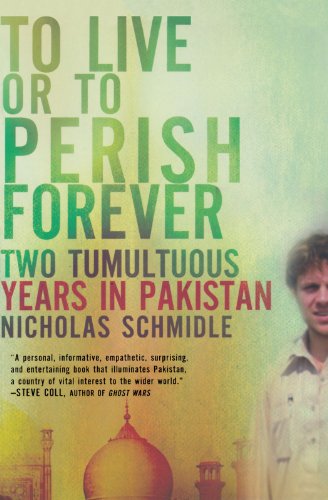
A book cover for To Live or to Perish Forever: Two Tumultuous Years in Pakistan; Nicholas Schmidle; History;